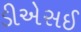
ડીએસઈ